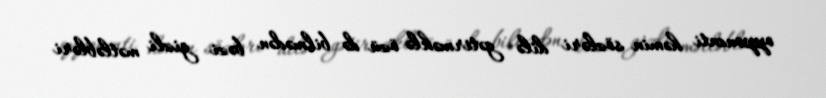
opponenti həmin sözləri dilə gətirməklə özü də bilmədən bəzi gizli mətləbləri